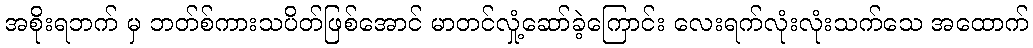
အစိုးရဘက် မှ ဘတ်စ်ကားသပိတ်ဖြစ်အောင် မာတင်လှုံ့ဆော်ခဲ့ကြောင်း လေးရက်လုံးလုံးသက်သေ အထောက်